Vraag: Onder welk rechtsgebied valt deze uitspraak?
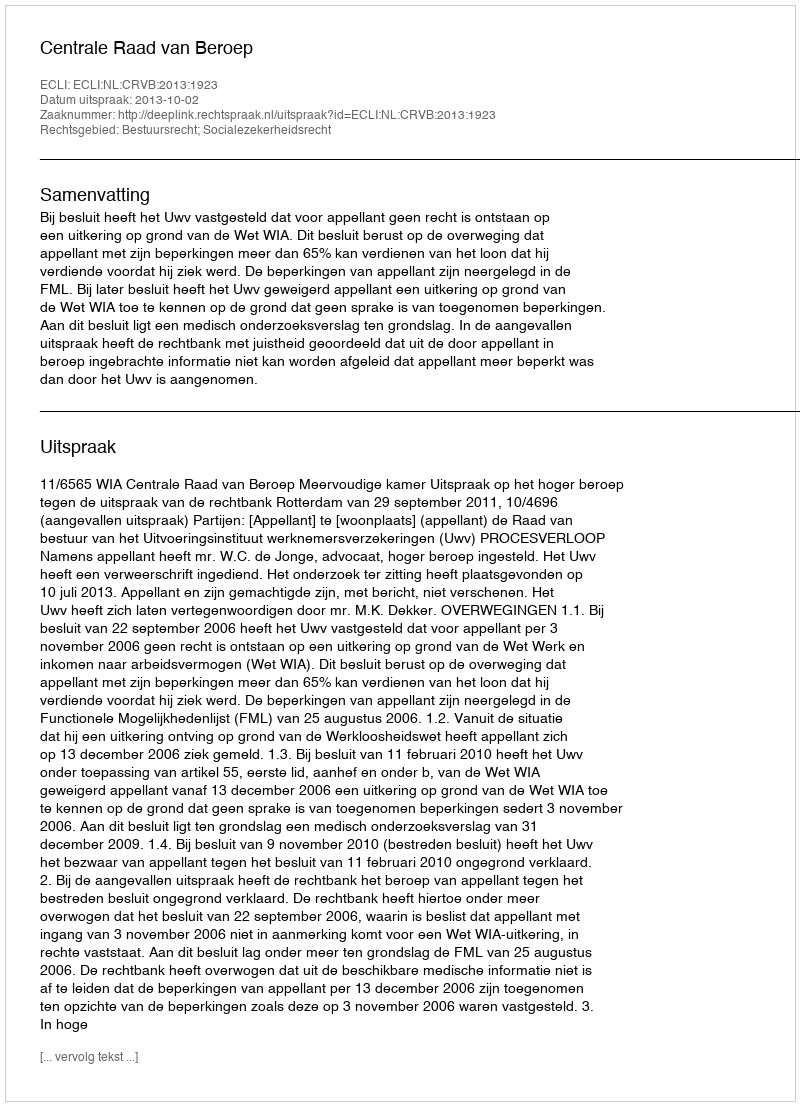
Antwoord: Bestuursrecht; Socialezekerheidsrecht